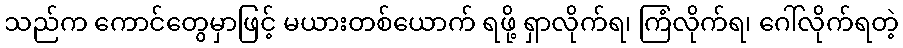
သည်က ကောင်တွေမှာဖြင့် မယားတစ်ယောက် ရဖို့ ရှာလိုက်ရ၊ ကြံလိုက်ရ၊ ဂေါ်လိုက်ရတဲ့